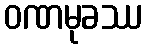
ဝဏမုခဿ